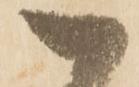
一